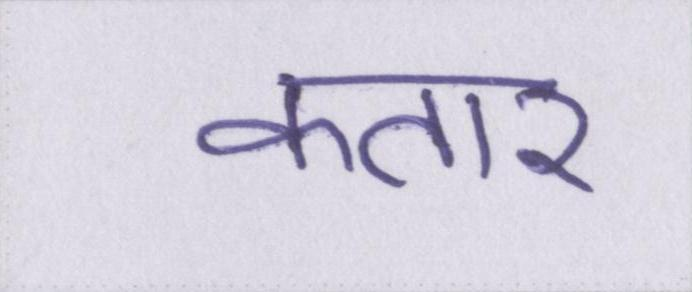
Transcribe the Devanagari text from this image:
कतार